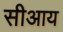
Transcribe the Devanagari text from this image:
सीआय